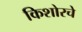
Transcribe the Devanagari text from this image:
किशोरचे